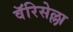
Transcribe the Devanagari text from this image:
वॅरिसेल्ला